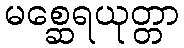
မစ္ဆေရယုတ္တာ